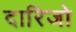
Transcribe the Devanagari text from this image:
दारिजो